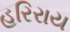
હરિરાય